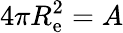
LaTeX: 4\pi R_{\mathrm{e}}^{2}=A